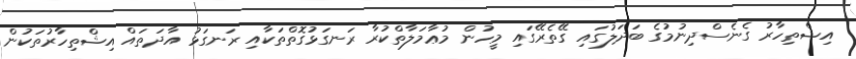
އިޝްތިހާރު ގެނެސްދިނުމުގެ ބަދަލުގައި ގޭތެރޭގައި މީހުން މުޢާމަލާތްކުރާ ރަނގަޅުގޮތްތަކާއި ރަނގަޅު އާދަތައް އިޝްތިހާރުތަކުން